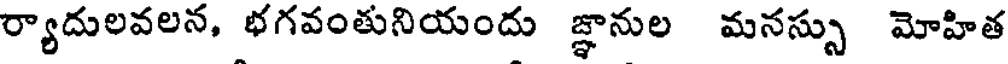
ర్యాదులవలన, భగవంతునియందు జ్ఞానుల మనస్సు మోహిత